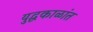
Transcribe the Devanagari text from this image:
युद्धकाळांत